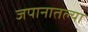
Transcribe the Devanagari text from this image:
जपानातल्या